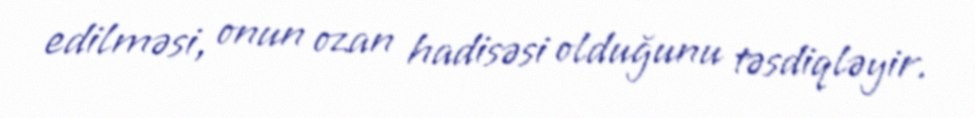
edilməsi, onun ozan hadisəsi olduğunu təsdiqləyir.